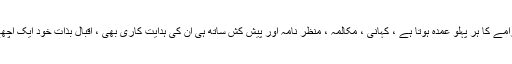
اقبال نیازی کے ڈرامے کا ہر پہلو عمدہ ہوتا ہے ، کہانی ، مکالمہ ، منظر نامہ اور پیش کش ساتھ ہی ان کی ہدایت کاری بھی ، اقبال بذات خود ایک اچھے اداکار بھی ہیں ۔